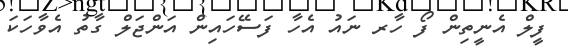
ފީލް އެނީތިން ފޯ ހާރ ނައު އެހާ ފަސޭހައިން އަންޖަލް ގާތު އެވާހަކަ